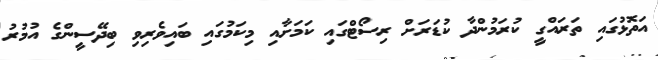
އަތޮޅުގައި ތަރައްގީ ކުރަމުންދާ ކުޑަރަށް ރިސޯޓްގައި ކަމަށާއި މިކަމުގައި ބައިވެރިވި ބިދޭސީންގެ އުމުރު